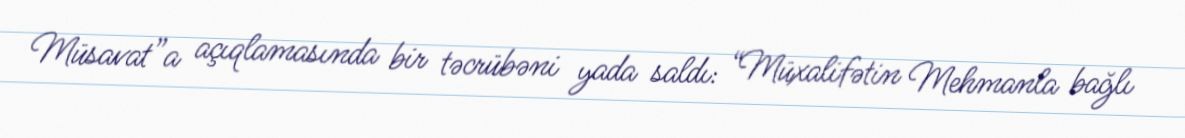
Müsavat”a açıqlamasında bir təcrübəni yada saldı: “Müxalifətin Mehmanla bağlı